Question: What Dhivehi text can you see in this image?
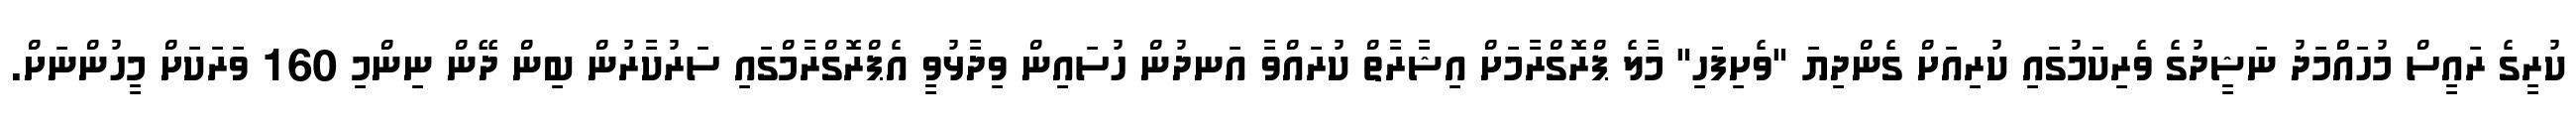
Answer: ކުރީގެ ރައީސް މުހައްމަދު ނަޝީދުގެ ވެރިކަމުގައި ކުރިއަށް ގެންދިޔަ "ވެށިފަހި" މާލެ ޕްރޮގްރާމަށް އިޝާރާތް ކުރައްވާ އަނދުން ހުސައިން ވިދާޅުވީ އެޕްރޮގްރާމްގައި ސަރުކާރުން ބިން ދޭން ނިންމި 160 ވަރަކަށް މީހުންނަށް.